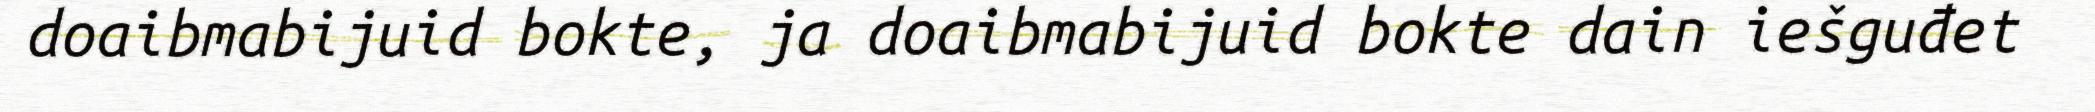
doaibmabijuid bokte, ja doaibmabijuid bokte dain iešguđet